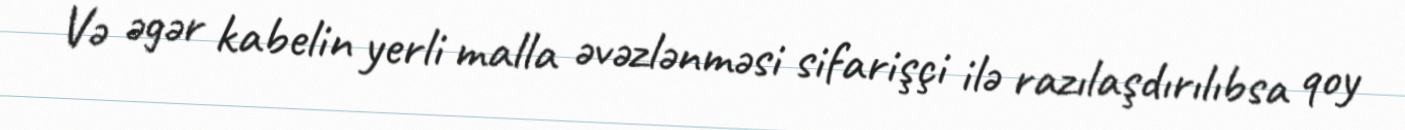
Və əgər kabelin yerli malla əvəzlənməsi sifarişçi ilə razılaşdırılıbsa qoy